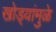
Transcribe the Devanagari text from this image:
खोड्यांमुळे